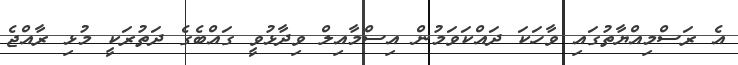
އެ ރަސްމިއްޔާތުގައި ވާހަކަ ދައްކަވަމުން އިސްމާއިލް ވިދާޅުވީ ގައްބެގެ ދަތުރަކީ މުޅި ރާއްޖެ